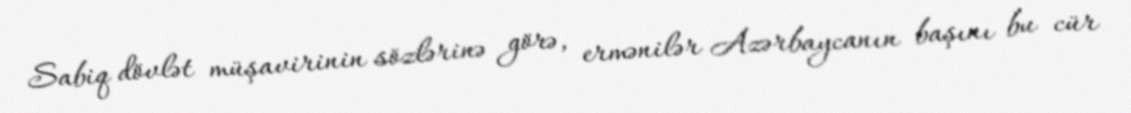
Sabiq dövlət müşavirinin sözlərinə görə, ermənilər Azərbaycanın başını bu cür